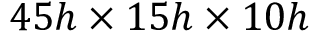
4 5 h \times 1 5 h \times 1 0 h